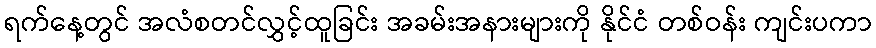
ရက်နေ့တွင် အလံစတင်လွှင့်ထူခြင်း အခမ်းအနားများကို နိုင်ငံ တစ်ဝန်း ကျင်းပကာ